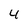
Character: 4